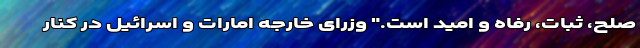
صلح، ثبات، رفاه و امید است." وزرای خارجه امارات و اسرائیل در کنار